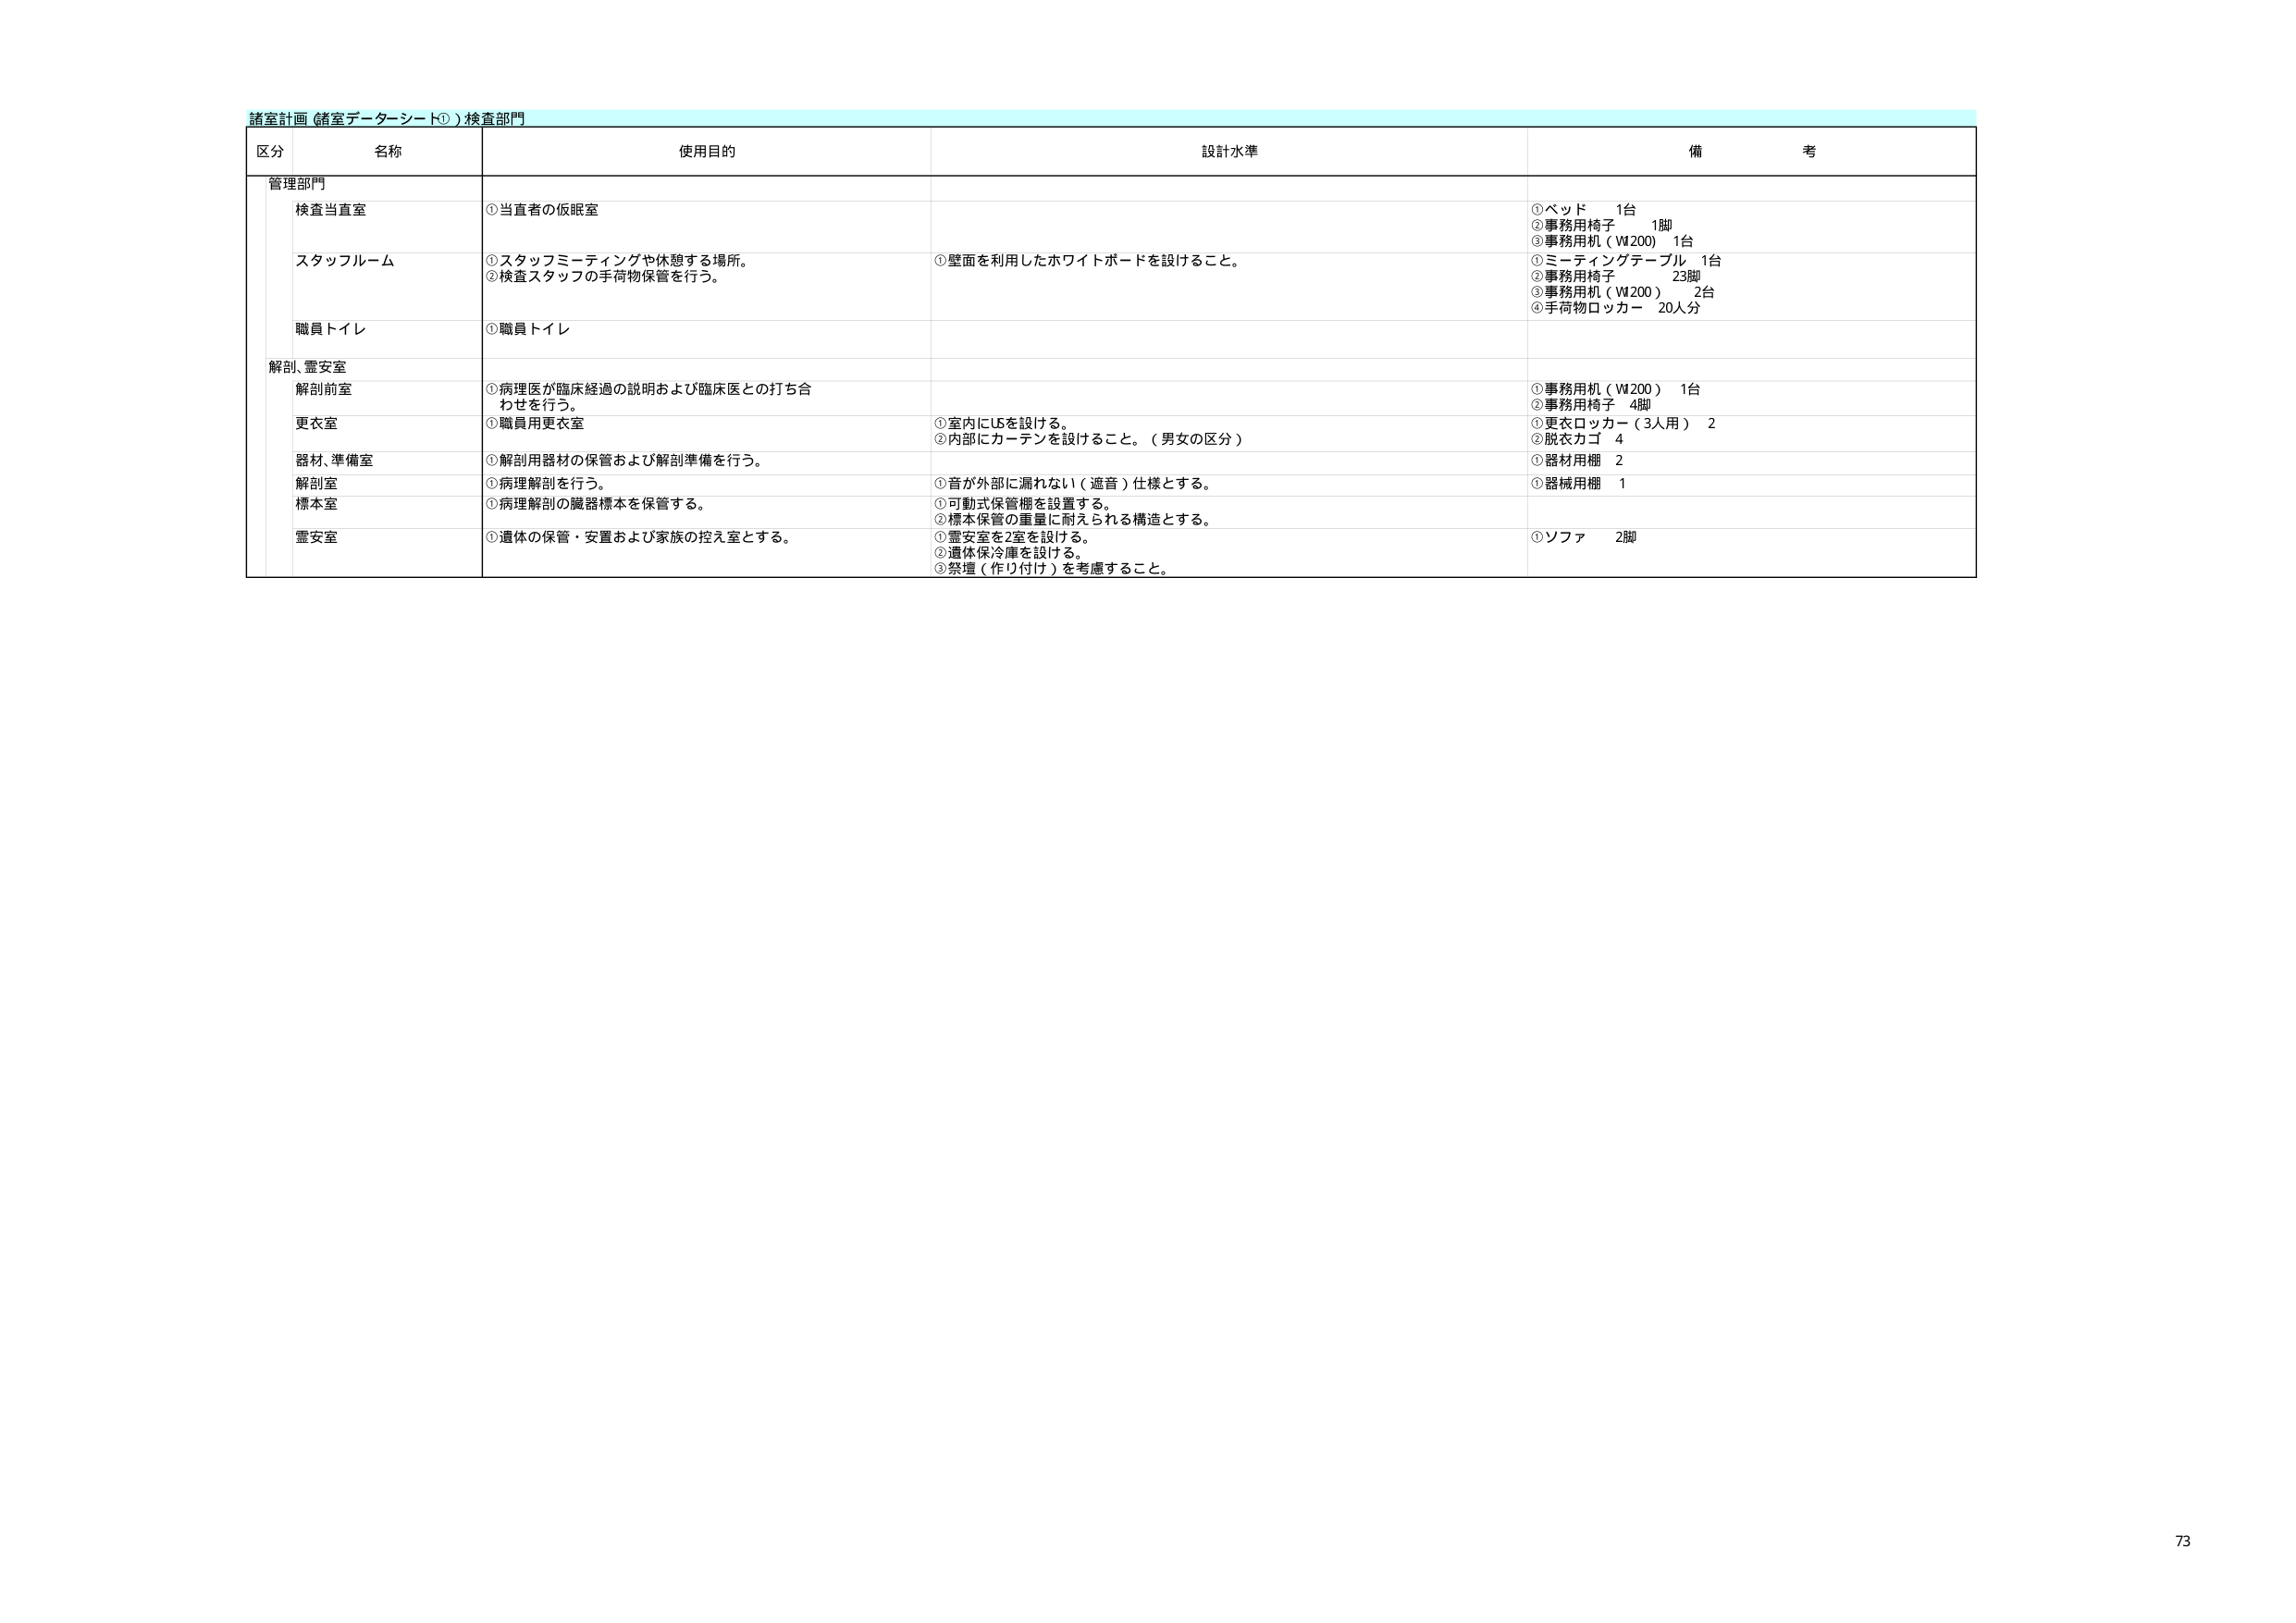
諸室計画（諸室データシート①）検査部門

区分 名称 使用目的 設計水準 備考

管理部門
検査当直室 ①当直者の仮眠室 ①ベッド 1台
②事務用椅子 1脚
③事務用机（W200）1台

スタッフルーム ①スタッフミーティングや休憩する場所。
②検査スタッフの手荷物保管を行う。 ①壁面を利用したホワイトボードを設けること。 ①ミーティングテーブル 1台
②事務用椅子 23脚
③事務用机（W200）2台
④手荷物ロッカー 20人分

職員トイレ ①職員トイレ

解剖、霊安室
解剖前室 ①病理医が臨床経過の説明および臨床医との打ち合わせを行う。 ①事務用机（W200）1台
②事務用椅子 4脚

更衣室 ①職員用更衣室 ①室内にUBを設ける。
②内部にカーテンを設けること。（男女の区分） ①更衣ロッカー（3人用）2
②脱衣カゴ 4

器材、準備室 ①解剖用器材の保管および解剖準備を行う。 ①器材用棚 2

解剖室 ①病理解剖を行う。 ①音が外部に漏れない（遮音）仕様とする。 ①器械用棚 1

標本室 ①病理解剖の臓器標本を保管する。 ①可動式保管棚を設置する。
②標本保管の重量に耐えられる構造とする。

霊安室 ①遺体の保管・安置および家族の控え室とする。 ①霊安室を2室を設ける。
②遺体保冷庫を設ける。
③祭壇（作り付け）を考慮すること。 ①ソファ 2脚

73